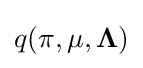
q(\mathbf {\pi } ,\mathbf {\mu } ,\mathbf {\Lambda } )